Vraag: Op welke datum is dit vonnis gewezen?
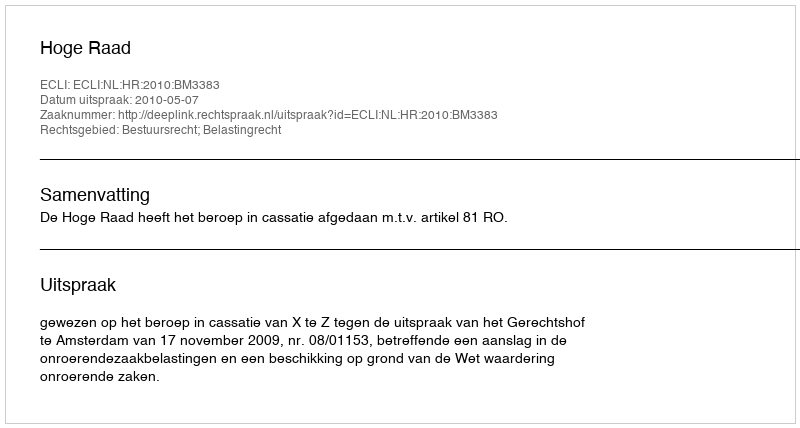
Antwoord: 2010-05-07